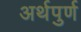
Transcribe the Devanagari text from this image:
अर्थपुर्ण